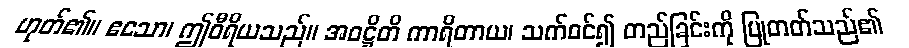
ဟုတ်၏။ ဧသော၊ ဤဝီရိယသည်။ အဝဋ္ဌိတိ ကာရိတာယ၊ သက်ဝင်၍ တည်ခြင်းကို ပြုတတ်သည်၏